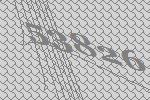
53826